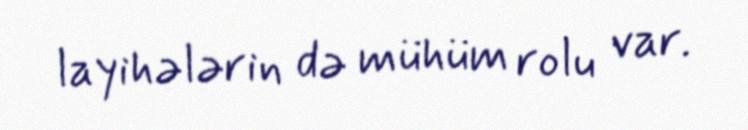
layihələrin də mühüm rolu var.